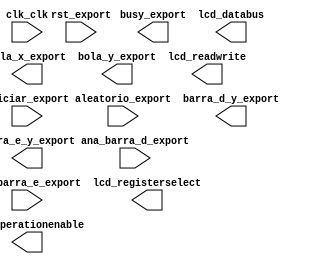

module pong (
	aleatorio_export,
	ana_barra_d_export,
	ana_barra_e_export,
	barra_d_y_export,
	barra_e_y_export,
	bola_x_export,
	bola_y_export,
	busy_export,
	clk_clk,
	iniciar_export,
	lcd_databus,
	lcd_operationenable,
	lcd_registerselect,
	lcd_readwrite,
	rst_export);	

	input	[7:0]	aleatorio_export;
	input	[7:0]	ana_barra_d_export;
	input	[7:0]	ana_barra_e_export;
	output	[9:0]	barra_d_y_export;
	output	[9:0]	barra_e_y_export;
	output	[9:0]	bola_x_export;
	output	[9:0]	bola_y_export;
	output	[7:0]	busy_export;
	input		clk_clk;
	input	[7:0]	iniciar_export;
	output	[7:0]	lcd_databus;
	output		lcd_operationenable;
	output		lcd_registerselect;
	output		lcd_readwrite;
	input	[7:0]	rst_export;
endmodule